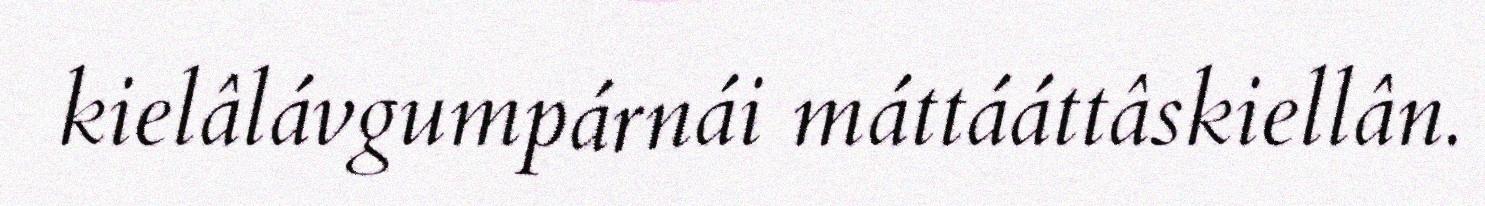
kielâlávgumpárnái máttááttâskiellân.